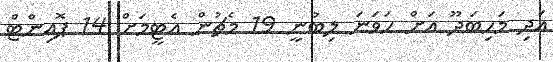
އަދި މަހިބަދޫ އަށް ހަވަނަ ލިބުނީ 19 މެޗުން އެޓީމަށް 14 ޕޮއިންޓް